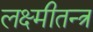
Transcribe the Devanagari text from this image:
लक्ष्मीतन्त्र